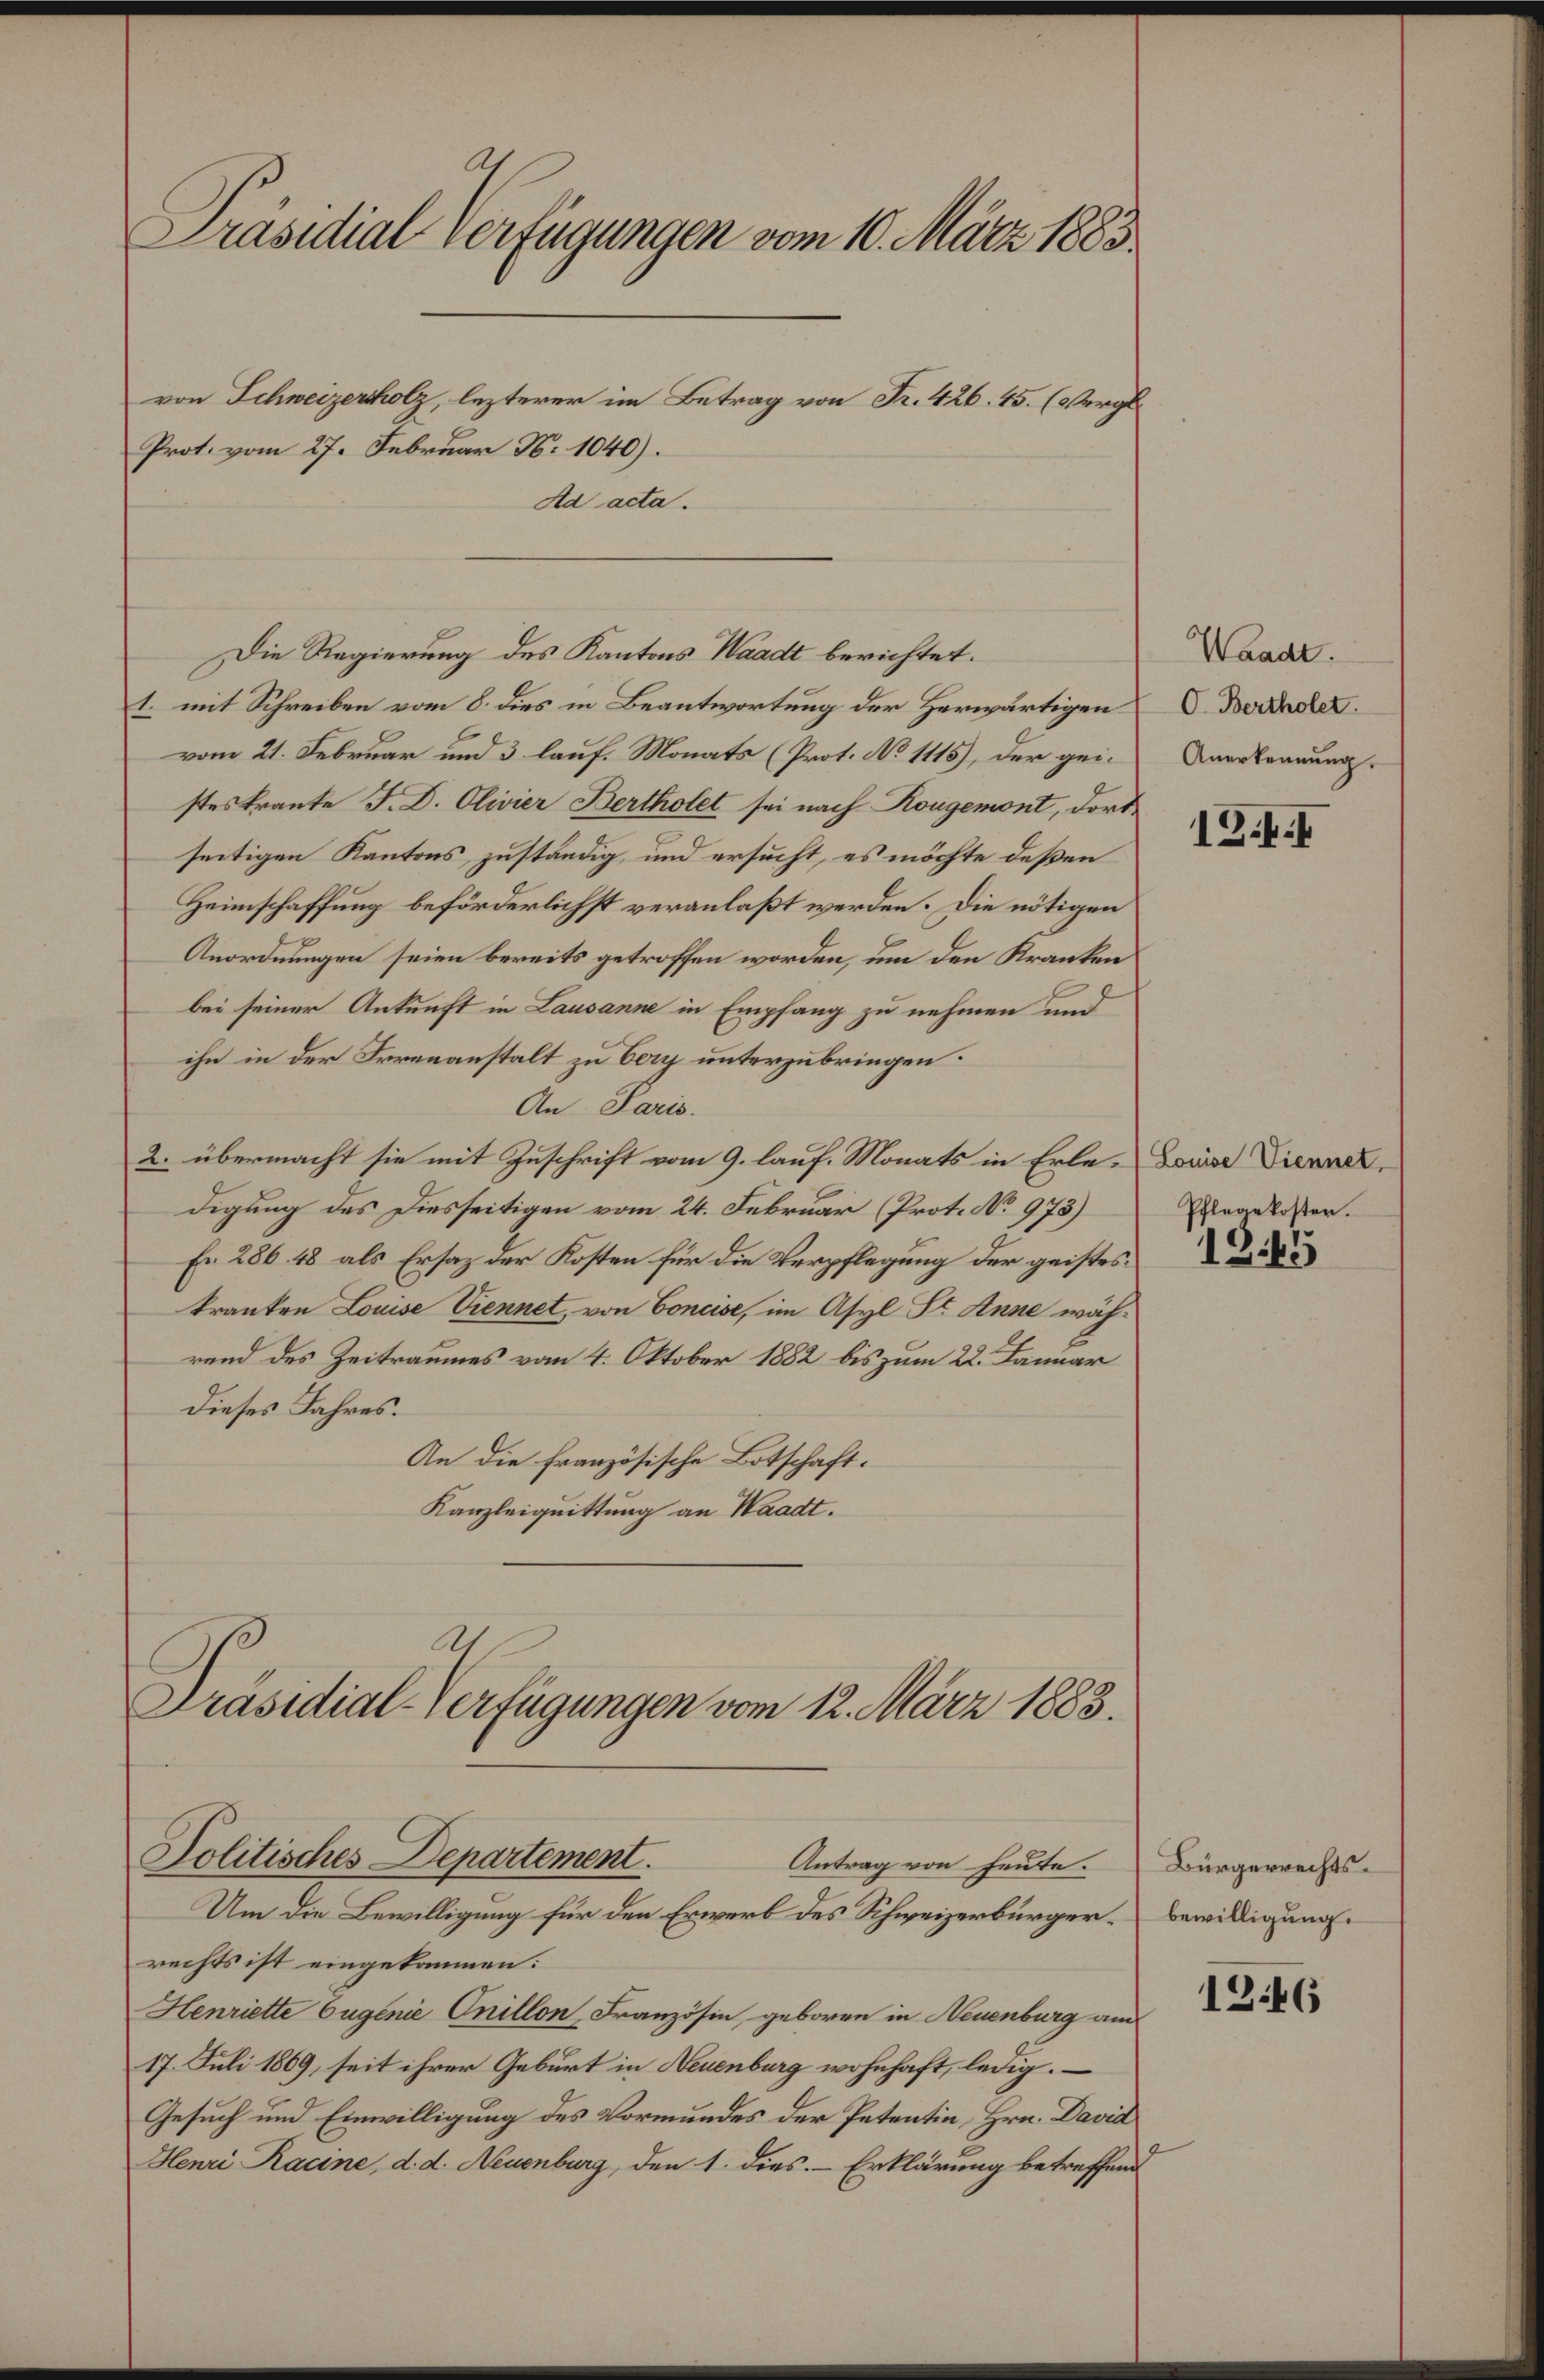
Präsidial-Verfügungen vom 10. März 1883.
von Schweizerholz, lezterer im Betrag von Fr. 426. 45. (Vergl.
Prot. vom 27. Februar N. 1040).

Ad acta.

Die Regierung des Kantons Waadt berichtet:
1. mit Schreiben vom 8. dies in Beantwortung der Herwärtigen
vom 21. Februar und 3 lauf. Monats (Prot. No 1115), der geistes trante J. D. Olivier Bertholet sei nach Rougemont, dort
seitigen Kantons zuständig, und ersucht, es möchte deßen
Heimschaffung beförderlichst veranlaßt werden. Die nötigen
Anordnungen seien bereits getroffen worden, um den Kranken
bei seiner Ankunft in Lausanne in Empfang zu nehmen und
ihn in der Irrenanstalt zu bery unterzubringen:
An Paris.
2. übermacht sie mit Zuschrift vom 9. lauf. Monats in Erle-Zwiese Dierner,
digung des Diesseitigen vom 24. Februar (Prot. No 973)
Fr. 286. 48 als Ersatz der Kosten für die Verpflegung der geisteskranken Louise Viennet, von Concise, im Asyl St. Anne während des Zeitraumes vom 4. Oktober 1882 bis zum 22. Januar
dieses Jahres.
An die französische Botschaft.
Kanzleiquittung an Waadt.
Al
Präsidial-Verfügungen vom 12. März 1883.

Politisches Departement.
Antrag von heute.
Um die Bewilligung für den Erwerb des Schweizerbürger. Bewilligung

rechts ist eingekommen:
Henriette Eugenie Onillon, Französin, geboren in Neuenburg am
17. Juli 1869, seit ihrer Geburt in Neuenburg wohnhaft, ledig.
Gesuch und Einwilligung des Vormundes der Petentin, Hrn. David
Henri Racine, d. d. Neuenburg, den 1. dies. Erklärung betreffend

Waadt.
C. Bertholet.
Anerkennung.

13.1.

Pflegekosten.

1365

Bürgerrechts¬

1246